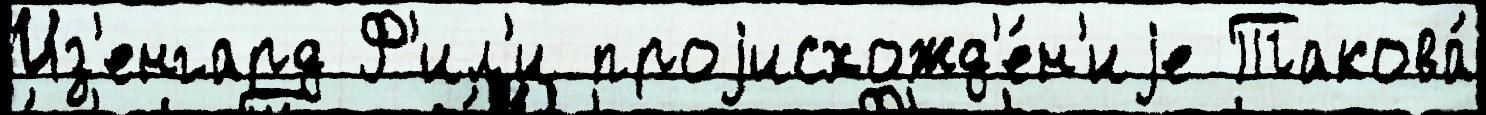
Из'енгард Ф'ил'и проjисхожд'е́н'иjе Такова́